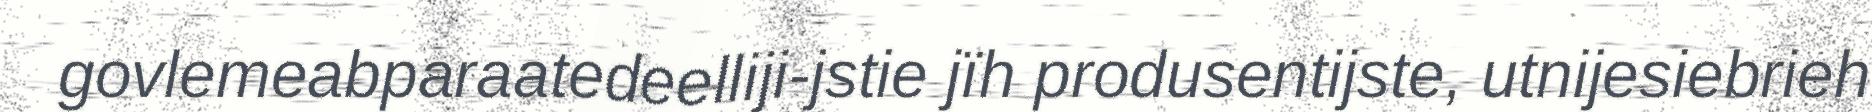
govlemeabparaatedeelliji-jstie jïh produsentijste, utnijesiebrieh